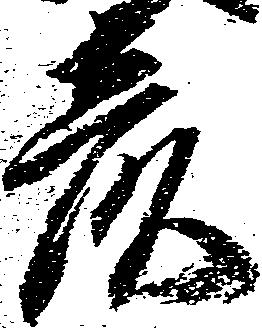
彦